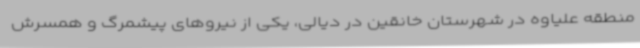
منطقه علیاوه در شهرستان خانقین در دیالی، یکی از نیروهای پیشمرگ و همسرش